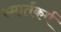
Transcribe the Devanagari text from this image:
स्मार्तकर्म